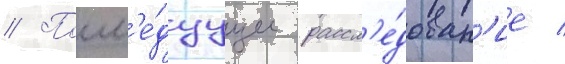
// Посл'е́дуущее рассл'е́дован'ие /